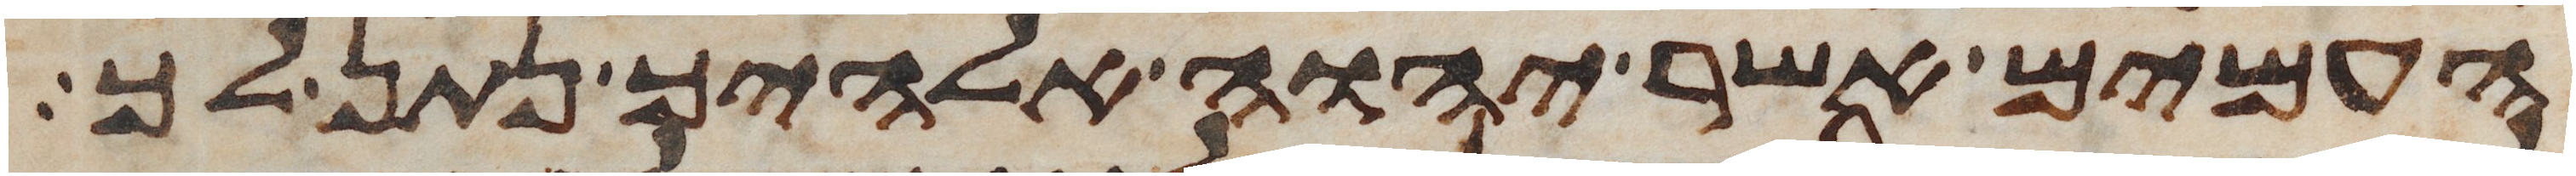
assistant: העמים אשר יהוה אלהיך נתן לך